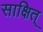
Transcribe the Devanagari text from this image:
साक्षित्‌